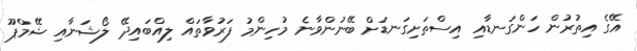
އޭގެ އިތުރުން ހަންގަނޑާއި އިސްތަށިގަނޑަށް ބޭނުންވާނެ މުހިންމު ފަރުވާތައް ލިއްބައިދޭ ލޯޝަނާއި ޝޭމްޕޫ